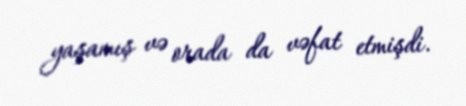
yaşamış və orada da vəfat etmişdi.